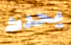
يحدث